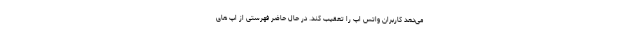
می‌دهد کاربران واتس اپ را تعقیب کند. در حال حاضر فهرستی از اپ های